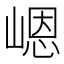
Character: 𪩊